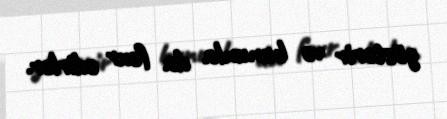
göstərir və bununla da fəxr edirlər.